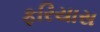
ફરિયાસ